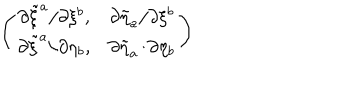
\left( \begin{array} { c c } { { \partial \tilde { \xi } ^ { a } / \partial \xi ^ { b } , } } & { { \partial \tilde { \eta } _ { a } / \partial \xi ^ { b } } } \\ { { \partial \tilde { \xi } ^ { a } / \partial \eta _ { b } , } } & { { \partial \tilde { \eta } _ { a } / \partial \eta _ { b } } } \\ \end{array} \right)